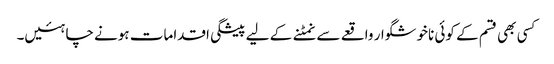
کسی بھی قسم کے کوئی ناخوشگوار واقعے سے نمٹنے کے لیے پیشگی اقدامات ہونے چاہئیں۔